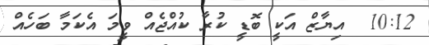
10:12  އިޔާޒް އަކީ ބޮޑީ ކުރާ ކުއްޖެެއް ވީމަ އެކަމާ ބަހެއް